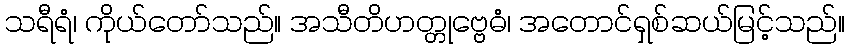
သရီရံ၊ ကိုယ်တော်သည်။ အသီတိဟတ္တုဗ္ဗေဓံ၊ အတောင်ရှစ်ဆယ်မြင့်သည်။